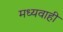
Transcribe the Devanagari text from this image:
मध्यवाही